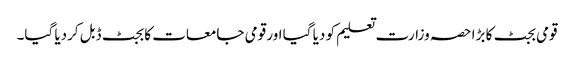
قومی بجٹ کا بڑا حصہ وزارت تعلیم کو دیا گیا اور قومی جامعات کا بجٹ ڈبل کردیا گیا۔